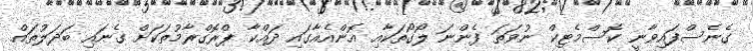
ގެނެސްފައިވާނީ ކޮސްމެޓިކް ނުވަތަ ފެންނަ ލޯގޯތަކާއި އޮންއެއާގައި ދައްކާ ޕްރޮގްރާމުތަކަށް ގެނައި ބަދަލުތައް